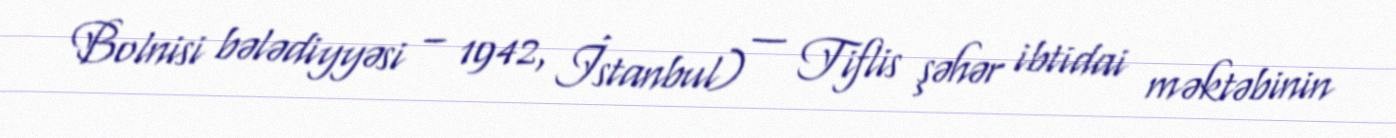
Bolnisi bələdiyyəsi – 1942, İstanbul) — Tiflis şəhər ibtidai məktəbinin